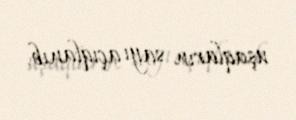
uşaqların sayı açıqlanıb.